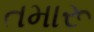
તમારૂ